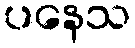
ပနေသ